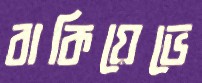
বাকিয়েভে